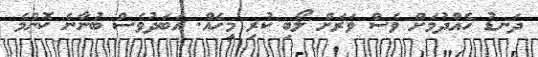
ދަނޑު ހެއްދުމަށް ވެސް ވަރަށް ލޯބި ކުރި މީހެއް. އަބަދުވެސް ބުނާނެ ކޮންމެ